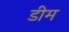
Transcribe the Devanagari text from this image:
डीम